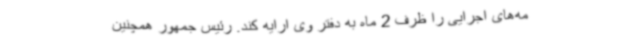
مه‌های اجرایی را ظرف 2 ماه به دفتر وی ارایه کند. رئیس جمهور همچنین